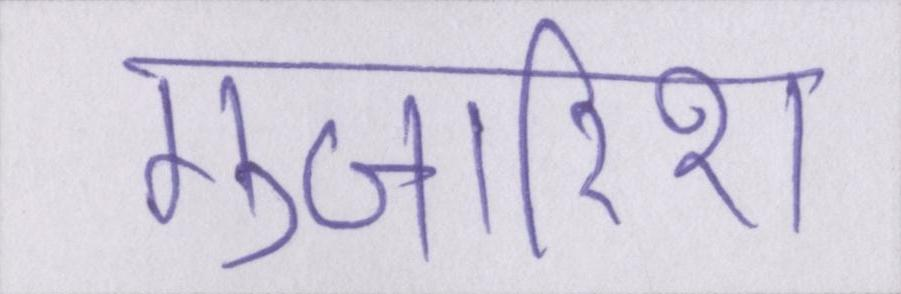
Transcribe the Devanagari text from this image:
गुजारिश